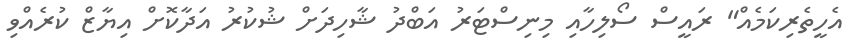
އެހީތެރިކަމެއް" ރައީސް ސޯލިހާއި މިނިސްޓަަރު އަބްދު ޝާހިދަށް ޝުކުރު އަދާކޮށް އިޔާޒް ކުރެއްވި